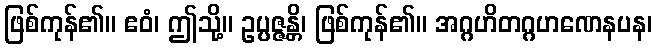
ဖြစ်ကုန်၏။ ဧဝံ၊ ဤသို့။ ဥပ္ပဇ္ဇန္တိ၊ ဖြစ်ကုန်၏။ အဂ္ဂဟိတဂ္ဂဟဏေနပန၊